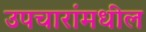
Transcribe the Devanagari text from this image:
उपचारांमधील